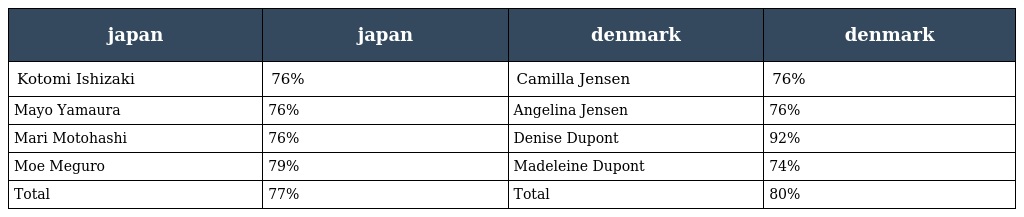
| japan | japan | denmark | denmark |
 | --- | --- | --- | --- |
 | Kotomi Ishizaki | 76% | Camilla Jensen | 76% |
 | Mayo Yamaura | 76% | Angelina Jensen | 76% |
 | Mari Motohashi | 76% | Denise Dupont | 92% |
 | Moe Meguro | 79% | Madeleine Dupont | 74% |
 | Total | 77% | Total | 80% |